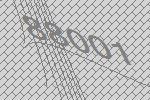
88001